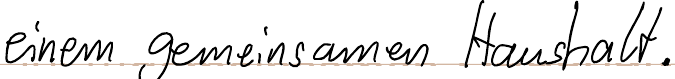
einem gemeinsamen Haushalt.